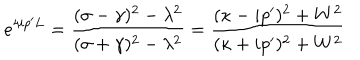
LaTeX: e ^ { 4 i p ^ { \prime } L } = \frac { ( \sigma - \gamma ) ^ { 2 } - \lambda ^ { 2 } } { ( \sigma + \gamma ) ^ { 2 } - \lambda ^ { 2 } } = \frac { ( \kappa - i p ^ { \prime } ) ^ { 2 } + W ^ { 2 } } { ( \kappa + i p ^ { \prime } ) ^ { 2 } + W ^ { 2 } }